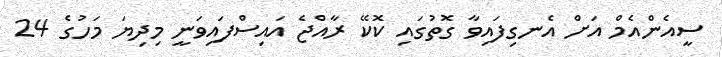
ސީއެންއެމް އަށް އެނގިފައިވާ ގޮތުގައި ކޮކޭ ރާއްޖެ އައިސްފައިވަނީ މިދިޔަ މަހުގެ 24